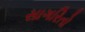
સાગરિતો